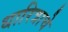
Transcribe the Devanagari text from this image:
धारित्राचे